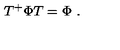
T ^ { + } \Phi T = \Phi \ .